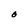
Character: O